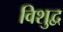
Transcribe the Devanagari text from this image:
विशुद्व